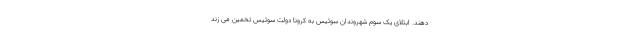
دهند. ابتلای یک سوم شهروندان سوئیس به کرونا دولت سوئیس تخمین می زند